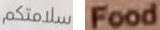
سلامتكم Food